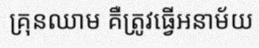
គ្រុនឈាម គឺត្រូវធ្វើអនាម័យ